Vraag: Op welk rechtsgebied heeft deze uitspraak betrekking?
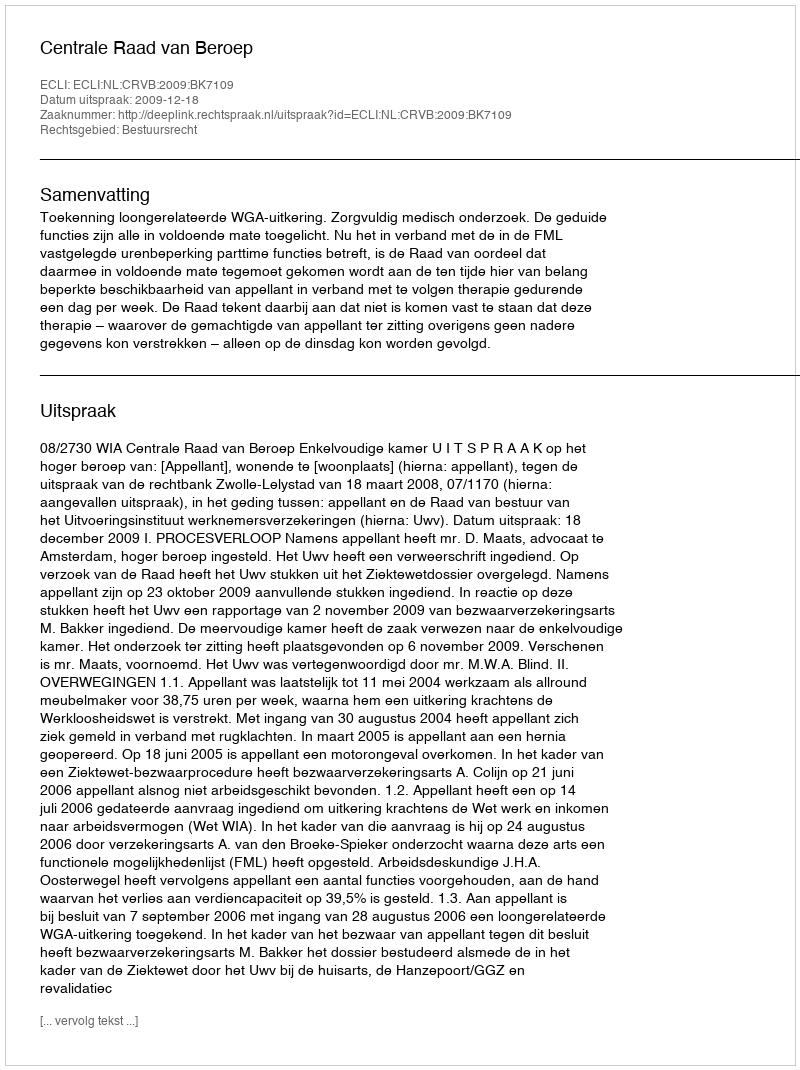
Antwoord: Bestuursrecht